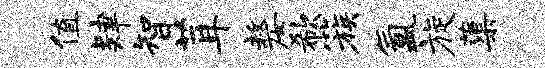
值肄智茸嫠欷簇氲旋蕖